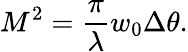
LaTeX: M^{2}=\frac{\pi}{\lambda}w_{0}\Delta\theta.